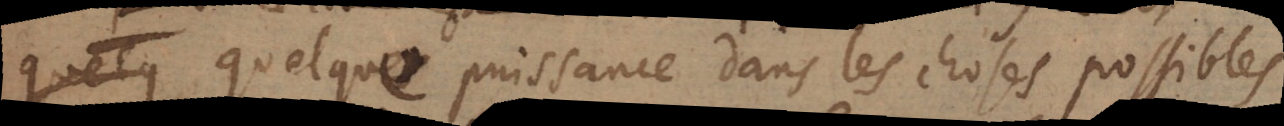
quelque quelque puissance dans les choses possibles